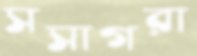
সসাগরা